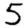
Digit: 5